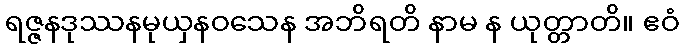
ရဇ္ဇနဒုဿနမုယှနဝသေန အဘိရတိ နာမ န ယုတ္တာတိ။ ဧဝံ